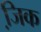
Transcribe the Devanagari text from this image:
जि़क